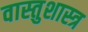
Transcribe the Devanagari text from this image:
वास्‍तुशास्‍त्र